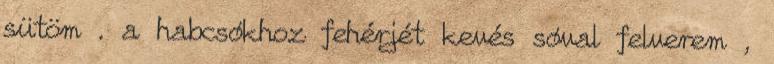
sütöm . a habcsókhoz fehérjét kevés sóval felverem ,